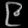
Digit: ၉